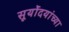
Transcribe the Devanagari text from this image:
सूर्योदयांच्या